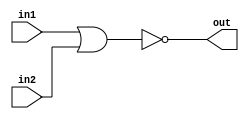
/*Implement the following circuit:*/
module top_module (
    input in1,
    input in2,
    output out);
    assign out=~(in1|in2);
endmodule